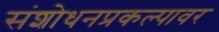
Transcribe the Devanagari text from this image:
संशोधनप्रकल्पावर